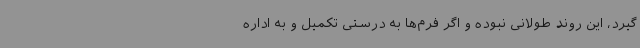
‌گیرد، این روند طولانی نبوده و اگر فرم‌ها به درستی تکمیل و به اداره